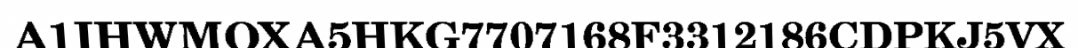
A1IHWMOXA5HKG7707168F3312186CDPKJ5VX